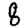
Digit: 8